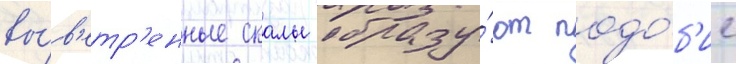
вы́в'етр'енные скалы образу́ют подо́б'ие